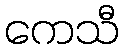
ကေသီ